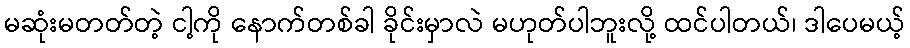
မဆုံးမတတ်တဲ့ ငါ့ကို နောက်တစ်ခါ ခိုင်းမှာလဲ မဟုတ်ပါဘူးလို့ ထင်ပါတယ်၊ ဒါပေမယ့်